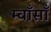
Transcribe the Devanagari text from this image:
म्वाँसाँ